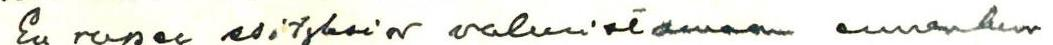
En rupea esityksia valmistamaan ennenkun